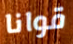
قوانا